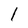
Character: l